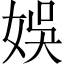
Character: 娛